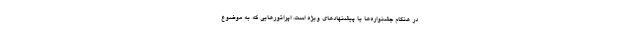
در هنگام جشنواره‌ها یا پیشنهادهای ویژه است. اپراتورهایی که به موضوع